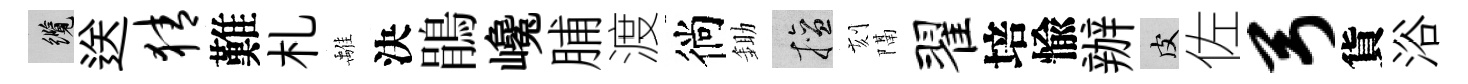
纜送猜難札𩀌決鵑巉脯渡徜鋤擅刻隔翟培愉辦皮佐弓貨浴